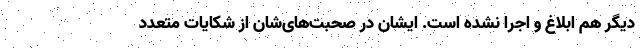
دیگر هم ابلاغ و اجرا نشده است. ایشان در صحبت‌های‌شان از شکایات متعدد